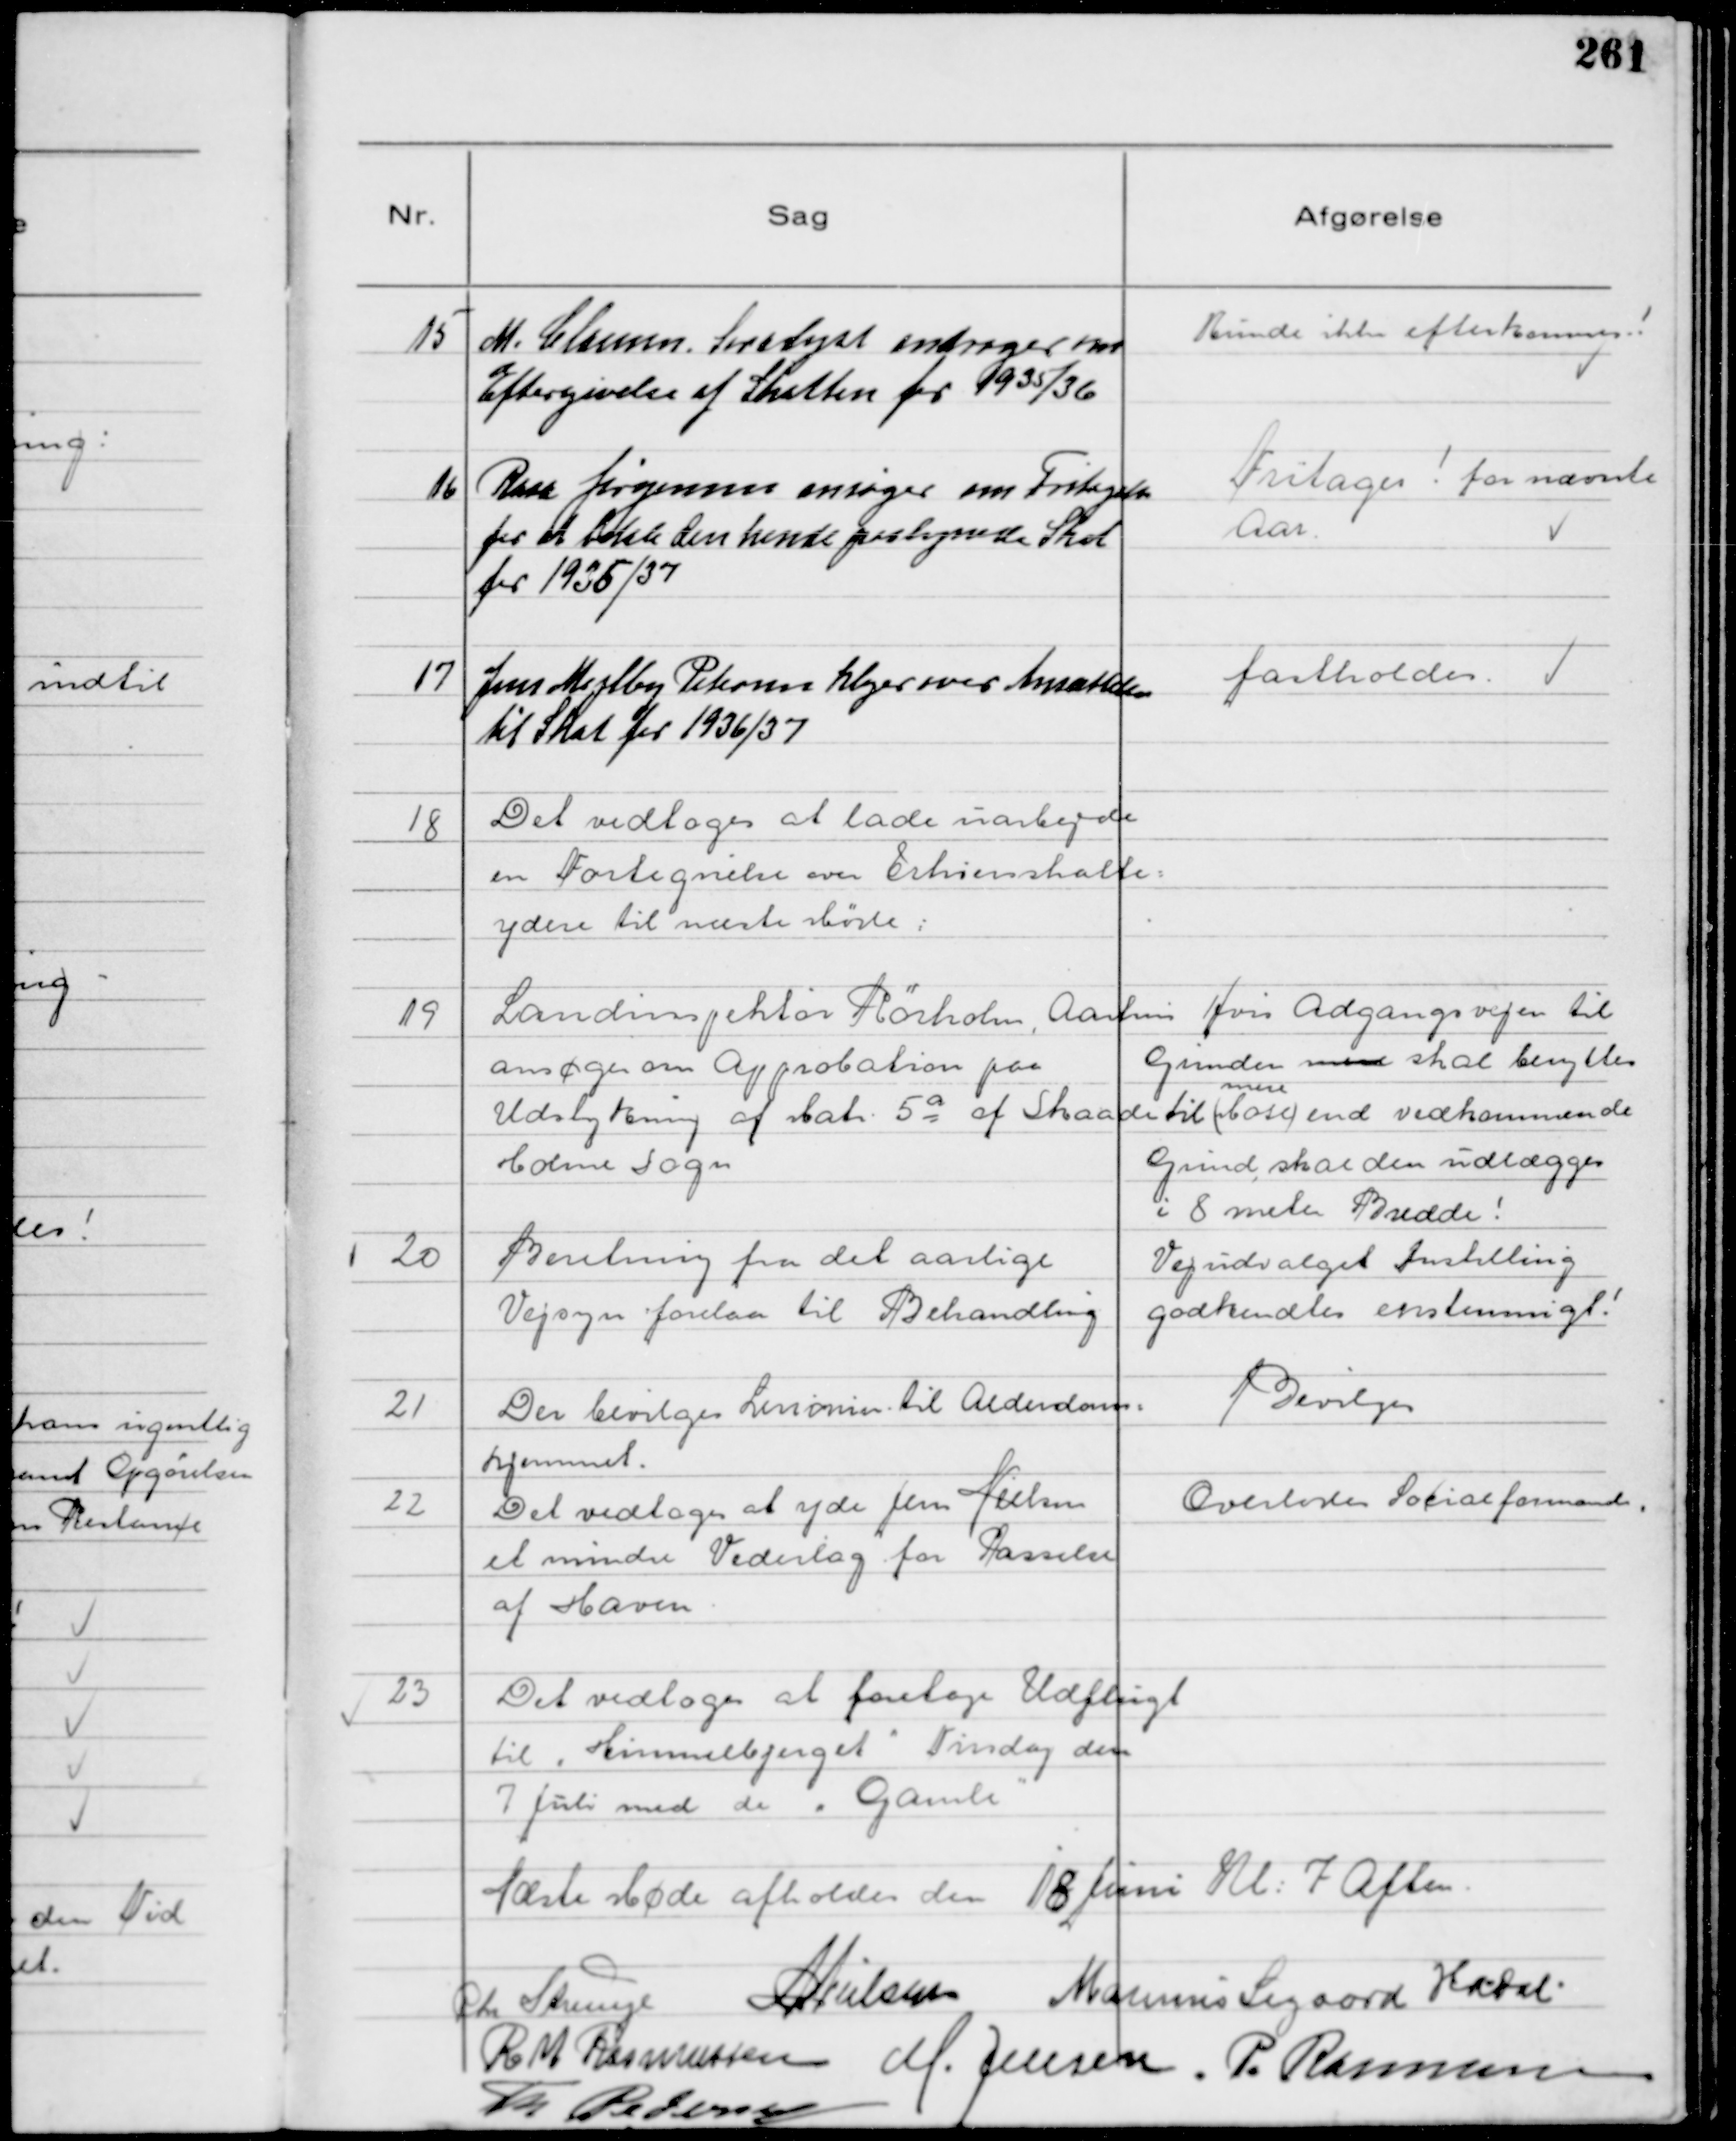
Transskription:
15
M. Clausen. Saralyst andrager om
Eftergivelse af Skatten for 1935/36

Kunde ikke efterkommes!

16
Rosa Jørgensen ansøger om Fritagelse
for at betale den hende paalignede Skat
for 1936/37

Fritages! for nævnte
Aar

17
Jens Mejlby Petersen klager over Ansættelse
til Skat for 1936/37

fastholdes

18
Det vedtoges at lade uarbejde
en Fortegnelse over Erhvervskatte-
ydere til næste Møde

19
Landinspektør Rørholm, Aarhus
ansøger om Approbation paa
Udstykning af Matr 5a af Skaade
Holme Sogn

Hvis Adgangsvejen til
Grunden mere skal benyttes
til (Mose)
mere
end vedkommende
Grund, skal den udlægges
i 8 meter Bredde!

20
Beretning fra det aarlige
Vejsyn forelaa til Behandling

Vejudvalget Instilling
godkendtes enstemmigt!

21
Der bevilges Linomin til Alderdoms-
hjemmet

Bevilges

22
Det vedtages at yde Jens Nielsen
et mindre Vederlag for Passelse
af Haven

Overlodes Socialformand

23
Det vedtoges at foretage Udflugt
til "Himmelbjerget" Tirsdag den
7 Juli med de "Gamle"

Næste Møde afholdes den 18 Juni Kl. 7 Aften
Chr Strunge NNielsen Marinus Sigaard HADal
R M Rasmussen M. Jensen P. Rasmussen
Th Pedersen